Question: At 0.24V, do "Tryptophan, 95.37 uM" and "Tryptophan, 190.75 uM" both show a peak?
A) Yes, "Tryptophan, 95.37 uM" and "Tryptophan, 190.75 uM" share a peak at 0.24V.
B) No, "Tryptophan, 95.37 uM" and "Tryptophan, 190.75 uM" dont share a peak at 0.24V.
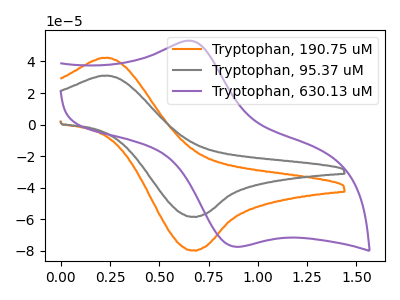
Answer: <think>The orange curve "Tryptophan, 190.75 uM" has an anodic peak at (0.25V, 42.30uA) and a cathodic peak at (0.65V, -79.65uA). The gray curve "Tryptophan, 95.37 uM" has an anodic peak at (0.25V, 31.00uA) and a cathodic peak at (0.65V, -58.35uA). The purple curve "Tryptophan, 630.13 uM" has an anodic peak at (0.65V, 52.90uA) and a cathodic peak at (0.90V, -77.40uA).</think>
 <answer>A) Yes, "Tryptophan, 95.37 uM" and "Tryptophan, 190.75 uM" share a peak at 0.24V.</answer>
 <eval>A</eval>